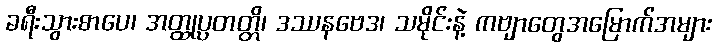
ခရီးသွားစာပေ၊ အတ္ထုပ္ပတတ္တိ၊ ဒဿနဗေဒ၊ သမိုင်းနဲ့ ကဗျာတွေအမြောက်အများ